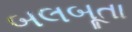
બલબૂતા